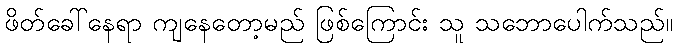
ဖိတ်ခေါ်နေရာ ကျနေတော့မည် ဖြစ်ကြောင်း သူ သဘောပေါက်သည်။